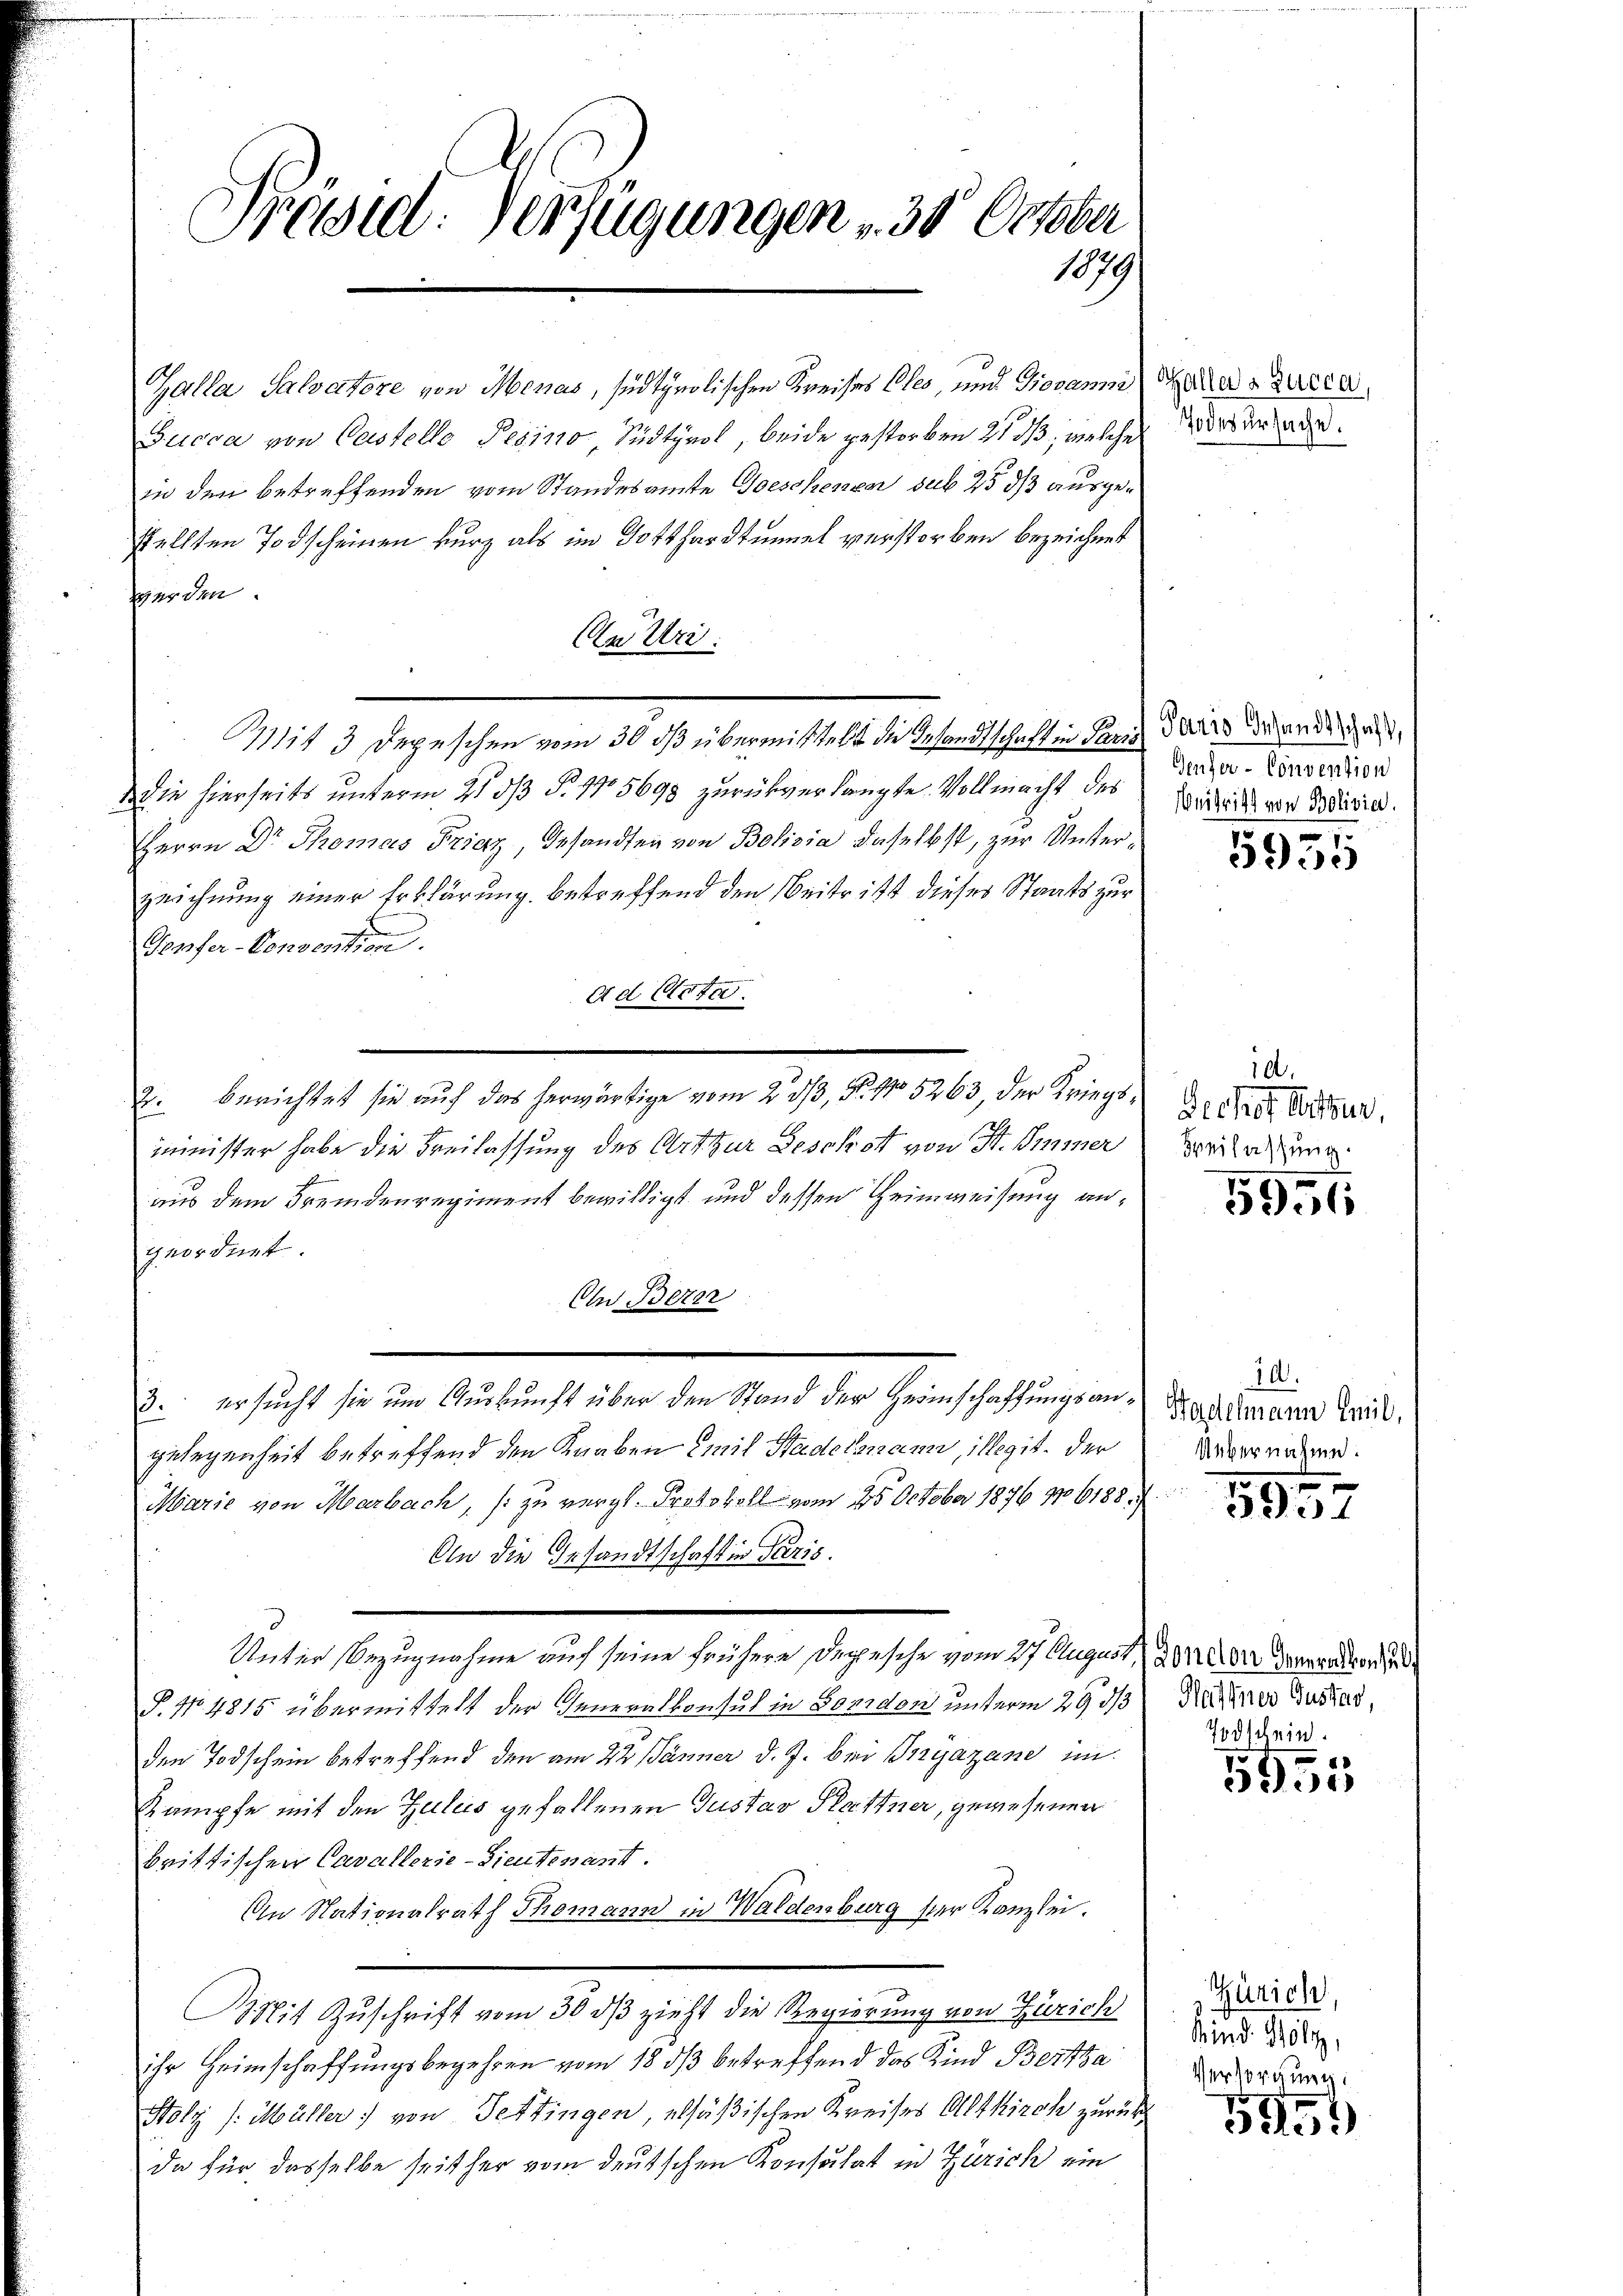
Präsid. Verfügungen 30 October
1079

Galla Salvatore von Menas, sed tyrolischen Kreises Cles, und Giovanne
Succa von Castelle Pesino, Südtirol, beide gestorben 21 dß, welche
in den betreffenden vom Standesamte Geschenzer sub 25 d ausgestellten Todscheinen kurz als im Gotthardtummel verstorben bezeichnet
serden.
Cu Uri.
die hierseits unterm 21. dß §. 115698 zurückverlangte Vollmacht des
Herrn Dr Thomas Friaz Gesandten von Bolivia daselbst, zur Unterzeichnung einer Erklärung betreffend den Beitritt dieser Staats zur
Teufer-Convention.
Ad Acta
2. berichtet sie auf das herwärtige vom 23/3, N. No 5263, der Kriegsmminister habe die Freilassung des Art zur Beschott von St. Immer
aus dem Fremdenregiment bewilligt und dessen Heimweisung angeordnet.
Cn Berer
3. ersucht sie um Auskunft über den Stand der Heimschaffungsangelegenheit betreffend den Knaben Emil Stadelsmann, illegit, der
Marie von Marbach, (: zu vergl. Protokoll vom 25. October 1876 106188:
An die Gesandtschaft in Paris.
Unter Bezugnahme auf seine frühere Depesche vom 27. August 180000 Verpundton
P. Nr. 4815 übermittelt der Generalkonsul in Bondon unterm 29 des Natures Gustad,
den Todschein betreffend den am 22. Jänner d. J. bei Przyazane im
Kampfe mit den Zuleis gefallenen Gustav Hartner, gewesenen
brittischen Cavallerie-Lieutenant.
An Stationalrath Thomann in Waldenburg hier Kanzlei.
MMit Zuschrift vom 30 dß zieht die Regierung von Zürich
ihr Heimschaffungsbegehren vom 18. ds betreffend das Kind Bertsa
Holz /: Müller von Tettingen, absäßischen Kreises Altkirch zurück
da für dasselbe seither vom deutschen Konsulat in Zürich ein

Mit 3 Depeschen vom 30 dß übermittelt die Gesandtschaft in Tanz der wenden un

Gallers Lucca,
Todesursache.

Genfer-Convention
Beitritt von Bolivia.

5935

10.
Gechof litter,
Freilassung.

5951

10.
Hadelmann Emil,
Übernahme.

5957

Todschein.

5955

Zürich,
Kind. Holz,
Versorgung:

5951